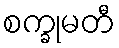
စက္ခုမတီ